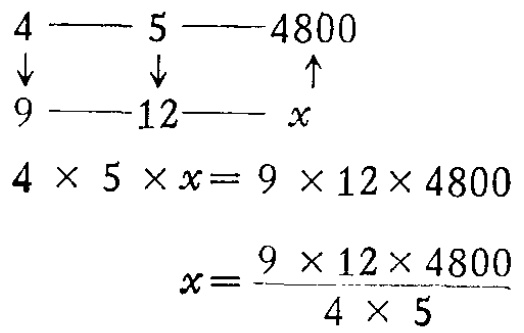
\[

\begin{align*}

4&\longrightarrow5\longrightarrow4800\\

\downarrow&&\uparrow\\

9&\longrightarrow12\longrightarrow x\\

4\times5\times x&= 9\times12\times4800\\

x&=\frac{9\times12\times4800}{4\times5}

\end{align*}

\]